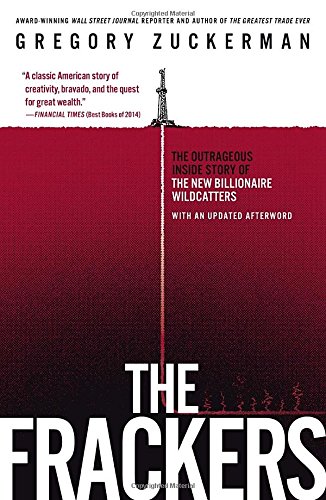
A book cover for The Frackers: The Outrageous Inside Story of the New Billionaire Wildcatters; Gregory Zuckerman; Business & Money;